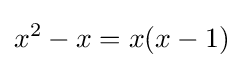
x^{2}-x=x(x-1)